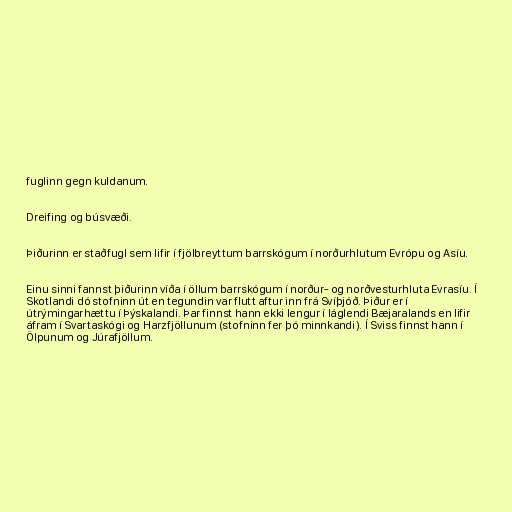
fuglinn gegn kuldanum.

Dreifing og búsvæði.

Þiðurinn er staðfugl sem lifir í fjölbreyttum barrskógum í norðurhlutum Evrópu og Asíu.

Einu sinni fannst þiðurinn víða í öllum barrskógum í norður- og norðvesturhluta Evrasíu. Í
Skotlandi dó stofninn út en tegundin var flutt aftur inn frá Svíþjóð. Þiður er í
útrýmingarhættu í Þýskalandi. Þar finnst hann ekki lengur í láglendi Bæjaralands en lifir
áfram í Svartaskógi og Harzfjöllunum (stofninn fer þó minnkandi). Í Sviss finnst hann í
Ölpunum og Júrafjöllum.